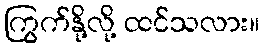
ကြွက်နို့လို့ ထင်သလား။